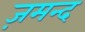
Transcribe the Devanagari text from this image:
ज़मन्द